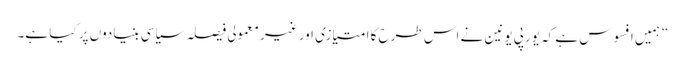
” ہمیں افسوس ہے کہ یورپی یونین نے اس طرح کا امتیازی اور غیر معمولی فیصلہ سیاسی بنیادوں پر کیا ہے۔